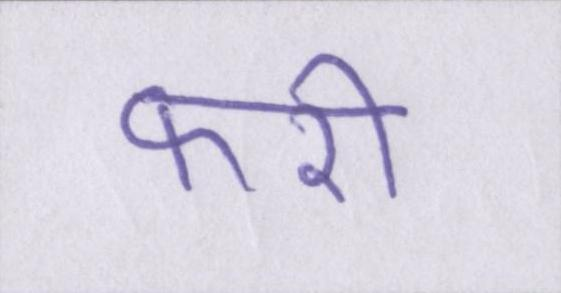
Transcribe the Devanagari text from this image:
फरी